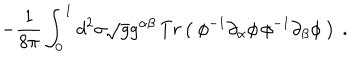
- \frac { 1 } { 8 \pi } \int _ { 0 } ^ { 1 } d ^ { 2 } \sigma \sqrt { g } g ^ { \alpha \beta } \, T r \left( \ \phi ^ { - 1 } \partial _ { \alpha } \phi \, \phi ^ { - 1 } \partial _ { \beta } \phi \ \right) \ .